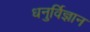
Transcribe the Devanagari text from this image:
धनुर्विज्ञान